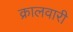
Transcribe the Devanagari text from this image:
क्रालवारी